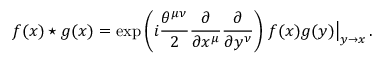
f ( x ) \star g ( x ) = \exp \left( i \frac { \theta ^ { \mu \nu } } { 2 } \frac { \partial } { \partial x ^ { \mu } } \frac { \partial } { \partial y ^ { \nu } } \right) \left. f ( x ) g ( y ) \right| _ { y \to x } .